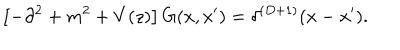
\left[ - \partial ^ { 2 } + m ^ { 2 } + V ( z ) \right] G ( x , x ^ { \prime } ) = \delta ^ { ( D + 1 ) } ( x - x ^ { \prime } ) .